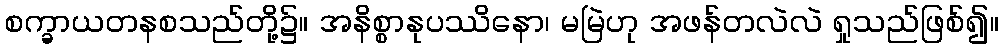
စက္ခာယတနစသည်တို့၌။ အနိစ္စာနုပဿိနော၊ မမြဲဟု အဖန်တလဲလဲ ရှုသည်ဖြစ်၍။